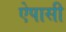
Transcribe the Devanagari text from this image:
ऐपासी